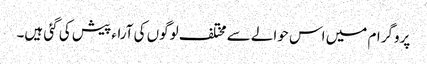
پروگرام میں اس حوالے سے مختلف لوگوں کی آراء پیش کی گئی ہیں۔